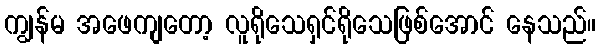
ကျွန်မ အဖေကျတော့ လူရိုသေရှင်ရိုသေဖြစ်အောင် နေသည်။